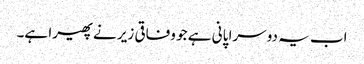
اب یہ دوسرا پانی ہے جو وفاقی زیر نے پھیرا ہے۔